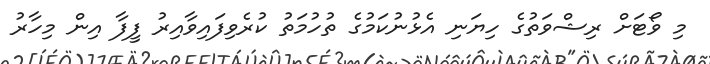
މި ވޯޓަށް ރިޝްވަތުގެ ހިޔަނި އެޅުނުކަމުގެ ތުހުމަތު ކުރެވިފައިވާއިރު ފީފާ އިން މިހާރު